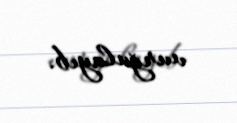
vurğulayıb.